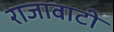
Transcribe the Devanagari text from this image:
राजावाटी